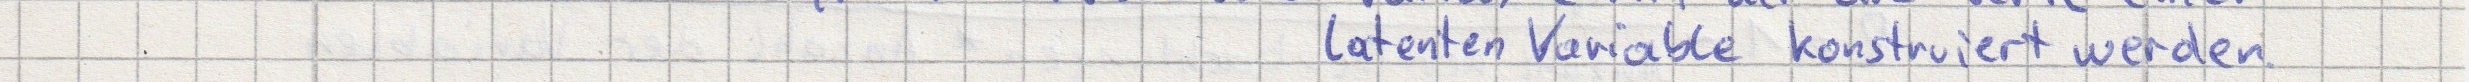
latenten Variable konstruiert werden.